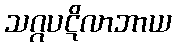
သဂ္ဂပဋိလာဘာယ